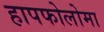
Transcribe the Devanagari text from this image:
हापफोलोमा